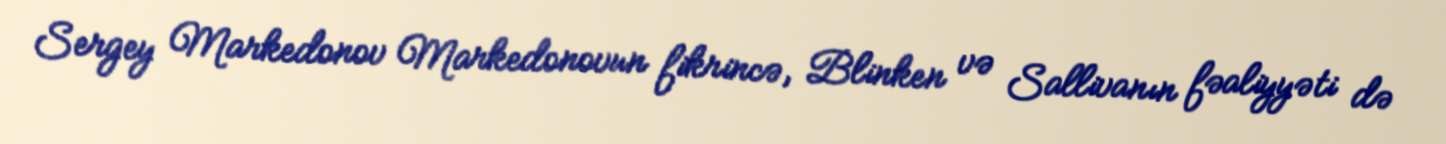
Sergey Markedonov Markedonovun fikrincə, Blinken və Sallivanın fəaliyyəti də